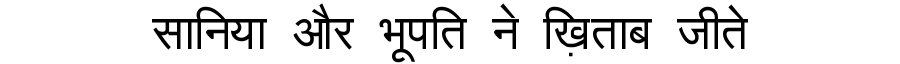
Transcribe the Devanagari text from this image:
सानिया और भूपति ने ख़िताब जीते